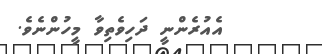
އެއުރެންނީ ދަހިވެތިވާ މީހުންނެވެ.